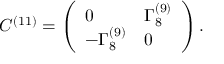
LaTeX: C ^ { ( 1 1 ) } = \left( \begin{array} { l l } { { 0 } } & { { \Gamma _ { 8 } ^ { ( 9 ) } } } \\ { { - \Gamma _ { 8 } ^ { ( 9 ) } } } & { { 0 } } \end{array} \right) .